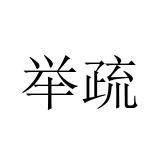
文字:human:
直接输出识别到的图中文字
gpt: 举疏